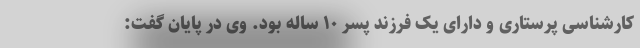
کارشناسی پرستاری و دارای یک فرزند پسر ۱۰ ساله بود. وی در پایان گفت: